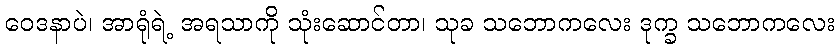
ဝေဒနာပဲ၊ အာရုံရဲ့ အရသာကို သုံးဆောင်တာ၊ သုခ သဘောကလေး ဒုက္ခ သဘောကလေး